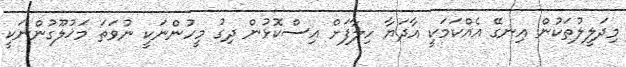
މިދަލީލުތަކުން އިނގޭ އެއްކަމަކީ އާދަޔާ ހިލާފަށް އިސްކޮޅުން ދިގު މީހުންނަކީ ނުވަތަ މަޚުލޫގުންނަކީ